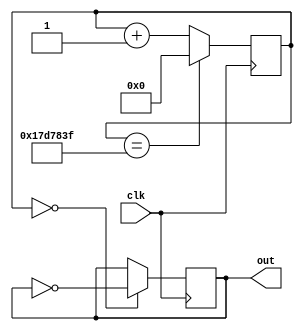
module blink(clk, out);

parameter MAX_CNT = 25'd24999999;

input  clk;
output out;

reg [24:0] counter;
reg 		  out_reg;

always @(posedge clk) begin
	if (counter == MAX_CNT) begin
		counter <= 25'b0;
	end else begin
		counter <= counter + 1'b1;
	end
end

always @(posedge clk) begin
	if (counter == 25'd0) begin
		out_reg <= ~out_reg;
	end
end

assign out = out_reg;

endmodule